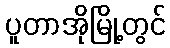
ပူတာအိုမြို့တွင်